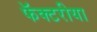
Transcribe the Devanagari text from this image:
फॅक्टरीया